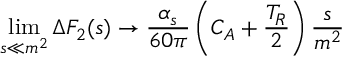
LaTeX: \operatorname * { l i m } _ { s \ll m ^ { 2 } } \Delta F _ { 2 } ( s ) \to \frac { \alpha _ { s } } { 6 0 \pi } \left( C _ { A } + \frac { T _ { R } } { 2 } \right) \frac { s } { m ^ { 2 } }